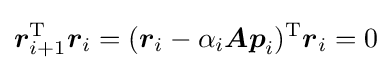
{\boldsymbol {r}}_{i+1}^{\mathrm {T} }{\boldsymbol {r}}_{i}=({\boldsymbol {r}}_{i}-\alpha _{i}{\boldsymbol {Ap}}_{i})^{\mathrm {T} }{\boldsymbol {r}}_{i}=0